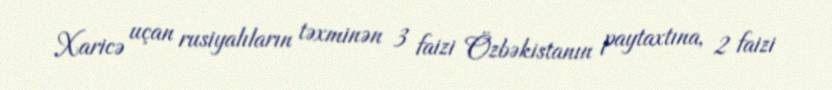
Xaricə uçan rusiyalıların təxminən 3 faizi Özbəkistanın paytaxtına, 2 faizi